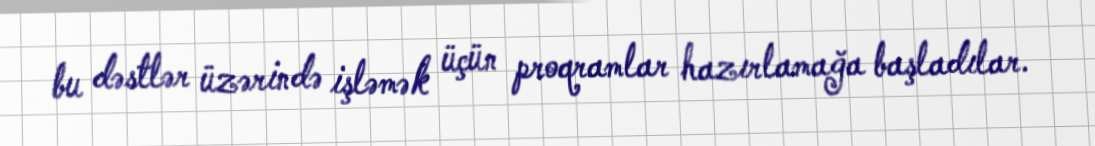
bu dəstlər üzərində işləmək üçün proqramlar hazırlamağa başladılar.